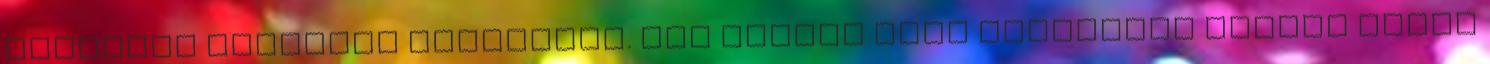
kioltsák lámpásom világosát. Vég nélkül nagy versenybe álltam magam